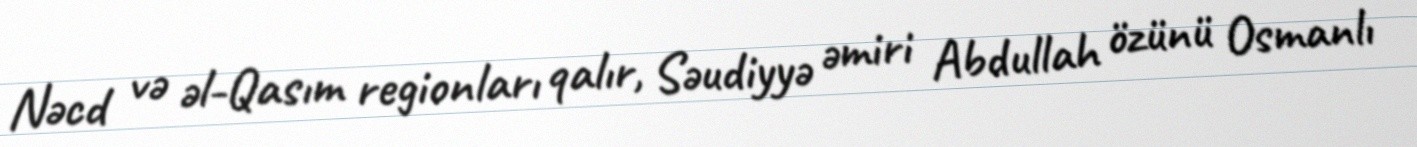
Nəcd və əl-Qasım regionları qalır, Səudiyyə əmiri Abdullah özünü Osmanlı